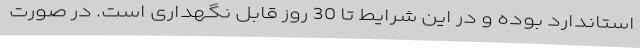
استاندارد بوده و در این شرایط تا 30 روز قابل نگهداری است. در صورت